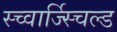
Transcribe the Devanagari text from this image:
स्च्वार्ज्स्चिल्ड